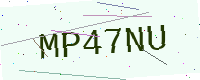
Text: MP47NU